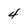
Character: 4